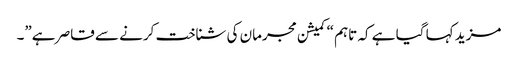
مزید کہا گیا ہے کہ تاہم “کمیشن مجرمان کی شناخت کرنے سے قاصر ہے”۔